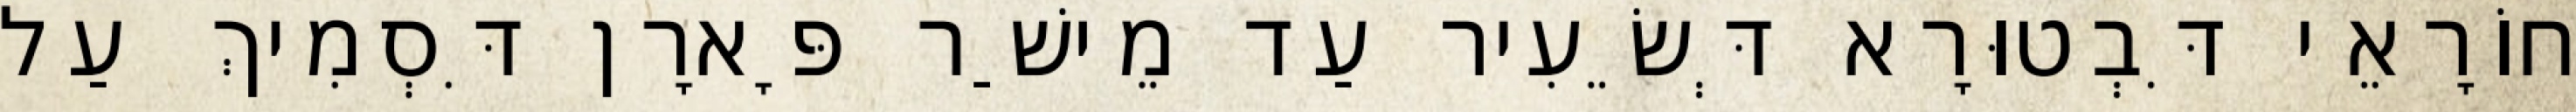
חוֹרָאֵי דִּבְטוּרָא דְּשֵׂעִיר עַד מֵישַׁר פָּארָן דִּסְמִיךְ עַל